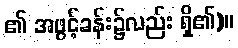
၏ အဖွင့်ခန်း၌လည်း ရှိ၏)။